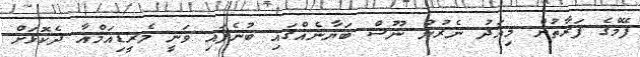
ފޭމްގެ ފަރާތުން މިއަދު ނެރުނު ނޫސް ބަޔާނެއްގައި ބުނެފައި ވަނީ މެރީޑިއަމްއާ ދެކޮޅަށް